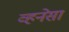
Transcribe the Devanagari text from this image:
व्हनेसा